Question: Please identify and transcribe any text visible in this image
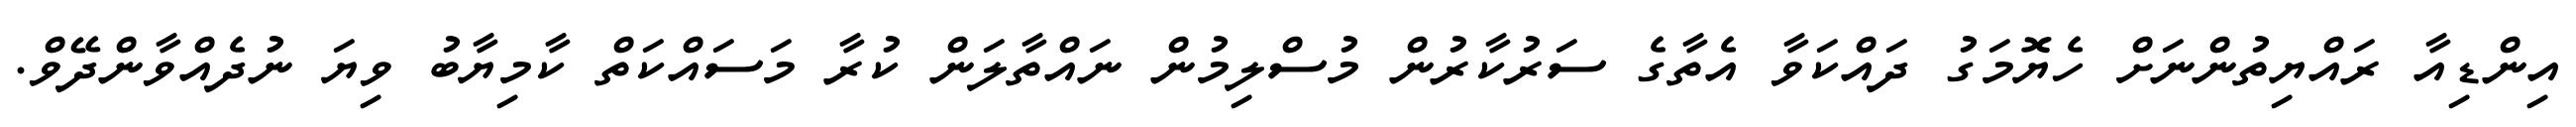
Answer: އިންޑިއާ ރައްޔިތުންނަށް ހެޔޮމަގު ދައްކަވާ އެތާގެ ސަރުކާރުން މުސްލިމުން ނައްތާލަން ކުރާ މަސައްކަތް ކާމިޔާބު ވިޔަ ނުދެއްވާންދޭވް.